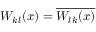
W _ { k l } ( x ) = \overline { { W _ { l k } ( x ) } }